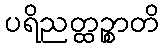
ပရိညတ္ထဉ္စာတိ